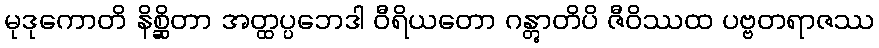
မုဒုကောတိ နိစ္ဆိတာ အတ္ထပ္ပဘေဒါ ဝီရိယတော ဂန္တွာတိပိ ဇီဝိဿထ ပဗ္ဗတရာဇဿ